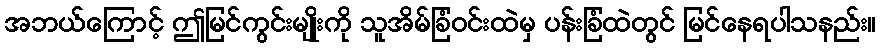
အဘယ်ကြောင့် ဤမြင်ကွင်းမျိုးကို သူအိမ်ခြံဝင်းထဲမှ ပန်းခြံထဲတွင် မြင်နေရပါသနည်း။